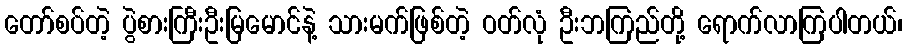
တော်စပ်တဲ့ ပွဲစားကြီးဦးမြမောင်နဲ့ သားမက်ဖြစ်တဲ့ ဝတ်လုံ ဦးဘကြည်တို့ ရောက်လာကြပါတယ်၊